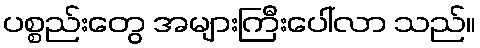
ပစ္စည်းတွေ အများကြီးပေါ်လာ သည်။